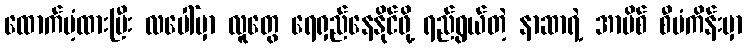
ထောက်ပံ့ထားပြီး လပေါ်မှာ လူတွေ ရေရှည်နေနိုင်ဖို့ ရည်ရွယ်တဲ့ နာဆာရဲ့ အာမိစ် စီမံကိန်းမှာ